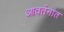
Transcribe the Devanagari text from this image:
आवर्तनांत